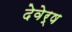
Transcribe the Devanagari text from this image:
देवेर्ष